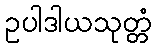
ဥပါဒါယသုတ္တံ